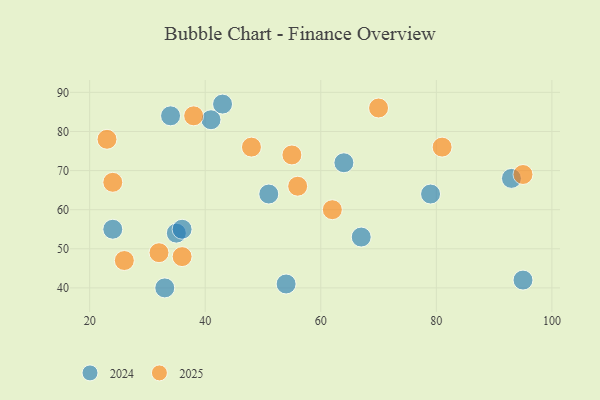
{"axis": {"x": "GDP", "y": "Life Expectancy"}, "legend": ["2024", "2025"], "data": [{"x": "81", "y": 76, "type": "2025"}, {"x": "56", "y": 66, "type": "2025"}, {"x": "26", "y": 47, "type": "2025"}, {"x": "38", "y": 84, "type": "2025"}, {"x": "36", "y": 48, "type": "2025"}, {"x": "48", "y": 76, "type": "2025"}, {"x": "62", "y": 60, "type": "2025"}, {"x": "32", "y": 49, "type": "2025"}, {"x": "24", "y": 67, "type": "2025"}, {"x": "55", "y": 74, "type": "2025"}, {"x": "95", "y": 69, "type": "2025"}, {"x": "23", "y": 78, "type": "2025"}, {"x": "70", "y": 86, "type": "2025"}, {"x": "35", "y": 54, "type": "2024"}, {"x": "54", "y": 41, "type": "2024"}, {"x": "95", "y": 42, "type": "2024"}, {"x": "41", "y": 83, "type": "2024"}, {"x": "51", "y": 64, "type": "2024"}, {"x": "67", "y": 53, "type": "2024"}, {"x": "64", "y": 72, "type": "2024"}, {"x": "43", "y": 87, "type": "2024"}, {"x": "93", "y": 68, "type": "2024"}, {"x": "33", "y": 40, "type": "2024"}, {"x": "79", "y": 64, "type": "2024"}, {"x": "24", "y": 55, "type": "2024"}, {"x": "34", "y": 84, "type": "2024"}, {"x": "36", "y": 55, "type": "2024"}]}